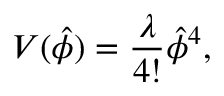
V ( \hat { \phi } ) = { \frac { \lambda } { 4 ! } } \hat { \phi } ^ { 4 } ,